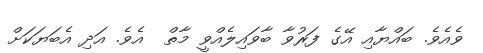
ވެއެވެ. ބައްޔާއި އޭގެ ފަރުވާ ބާވައިލެއްވީ މާތް  އެވެ. އަދި އެބަޔަކަށް